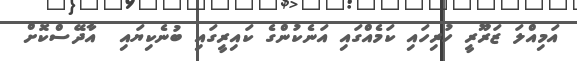
އަމިއްލަ ޒަރޫރީ ހުރިހައި ކަމެއްގައި އަނެކުންގެ ކައިރީގައި ބުނެކިޔައި  އާދޭސްކޮށް